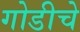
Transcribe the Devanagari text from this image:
गोडीचे